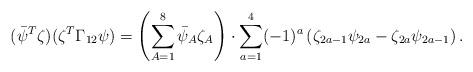
LaTeX: \begin{align*}(\bar{\psi}^{T}\zeta)(\zeta^{T}\Gamma_{12}\psi)=\left(\sum_{A=1}^{8}\bar{\psi}_{A}\zeta_{A}\right)\cdot\sum_{a=1}^{4}(-1)^{a}\left(\zeta_{2a-1}\psi_{2a}-\zeta_{2a}\psi_{2a-1}\right).\end{align*}